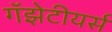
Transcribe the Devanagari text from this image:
गॅझेटीयर्स